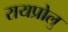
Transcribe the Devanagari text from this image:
रायप्रोलु